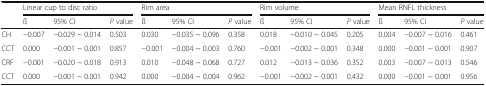
| <ROWSPAN=2>  | <COLSPAN=3> Linear cup to disc ratio | <COLSPAN=3> Rim area | <COLSPAN=3> Rim volume | <COLSPAN=3> Mean RNFL thickness |
 | ß | 95% CI | P value | ß | 95% CI | P value | ß | 95% CI | P value | ß | 95% CI | P value |
 | --- | --- | --- | --- | --- | --- | --- | --- | --- | --- | --- | --- | --- |
 | CH | −0.007 | −0.029 ~ 0.014 | 0.503 | 0.030 | −0.035 ~ 0.096 | 0.358 | 0.018 | −0.010 ~ 0.045 | 0.205 | 0.004 | −0.007 ~ 0.016 | 0.461 |
 | CCT | 0.000 | −0.001 ~ 0.001 | 0.857 | −0.001 | −0.004 ~ 0.003 | 0.760 | −0.001 | −0.002 ~ 0.001 | 0.348 | 0.000 | −0.001 ~ 0.001 | 0.907 |
 | CRF | −0.001 | −0.020 ~ 0.018 | 0.913 | 0.010 | −0.048 ~ 0.068 | 0.727 | 0.012 | −0.013 ~ 0.036 | 0.352 | 0.003 | −0.007 ~ 0.013 | 0.546 |
 | CCT | 0.000 | −0.001 ~ 0.001 | 0.942 | 0.000 | −0.004 ~ 0.004 | 0.962 | −0.001 | −0.002 ~ 0.001 | 0.432 | 0.000 | −0.001 ~ 0.001 | 0.956 |